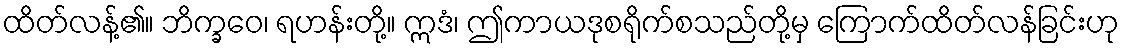
ထိတ်လန့်၏။ ဘိက္ခဝေ၊ ရဟန်းတို့။ ဣဒံ၊ ဤကာယဒုစရိုက်စသည်တို့မှ ကြောက်ထိတ်လန်ခြင်းဟု